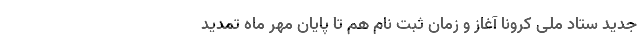
جدید ستاد ملی کرونا آغاز و زمان ثبت نام هم تا پایان مهر ماه تمدید